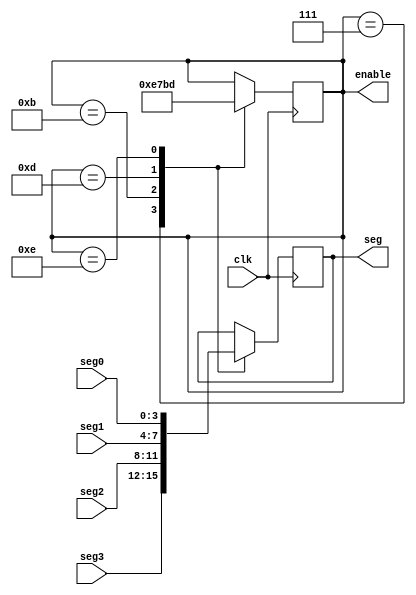
module DynamicScan(
	input wire clk,
	input wire [3:0] seg3,
	input wire [3:0] seg2,
	input wire [3:0] seg1,
	input wire [3:0] seg0,
   output reg [3:0] seg,
//	output reg [6:0] segment,
	output [3:0] enable//,
);
reg [3:0] en;

initial begin
	en = 4'b1110;
end

always @(posedge clk)begin
	case (en)
		4'b0111:begin
		seg <= seg3;
		en <= 4'b1110;
		end
		4'b1011:begin 
		seg <= seg2;
		en <= 4'b0111;
		end 
		4'b1101:begin 
		seg <= seg1;
		en <= 4'b1011;
		end
		4'b1110:	begin 
		seg <= seg0;
		en <= 4'b1101;
		end
	endcase
end
//
assign enable = en;

endmodule


//reg [1:0] count = 2'b00;


//reg [3:0] en = 4'b1110;
//reg [3:0] seg = 4'b0000;

//always @(posedge clk)begin
//	case(en)
//	4'b0111:begin seg <= seg3; en <= 4'b1011; end 
//	4'b1011:begin seg <= seg2; en <= 4'b1101; end
//	4'b1101:begin seg <= seg1; en <= 4'b1011; end
//	4'b1110:begin seg <= seg0; en <= 4'b0111; end
//	endcase
//
//end

//always @(posedge clk)begin
//	case(seg)
//		4'b0000: segment <= 7'b0000001;//0
//		4'b0001: segment <= 7'b1001111;//1
//		4'b0010: segment <= 7'b0010010;//2
//		4'b0011: segment <= 7'b0000110;//3
//		4'b0100: segment <= 7'b1001100;//4
//		4'b0101: segment <= 7'b0100100;//5
//		4'b0110: segment <= 7'b0100000;//6
//		4'b0111: segment <= 7'b0001111;//7
//		4'b1000: segment <= 7'b0000000;//8
//		4'b1001: segment <= 7'b0000100;//9
//		default: segment <= 7'b1111111;//
//	endcase
//end
//
//assign enable = en;



//always @(posedge clk)begin
//	if(count == 2'b00)begin
//		enable <= 4'b0111;//3-0
//		seg <= seg3;
//		count <= count + 1'b1;
//	end else if (count == 2'b01) begin
//		enable <= 4'b1011;
//		seg <= seg2;
//		count <= count + 1'b1;
//	end else if (count == 2'b10) begin
//		enable <= 4'b1101;
//		seg <= seg1;
//		count <= count + 1'b1;
//	end else if (count == 2'b11) begin
//		enable <= 4'b1110;
//		seg <= seg0;
//		count <= count + 1'b1;
//	end
//	//enable <= en;
//end